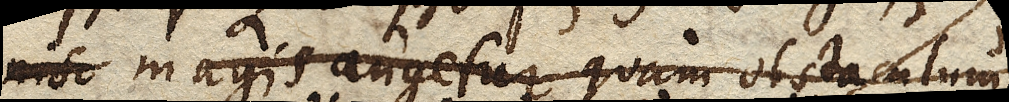
nisu magis augetur quam obstaculum